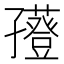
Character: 𡦮